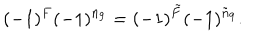
( - 1 ) ^ { F } ( - 1 ) ^ { n _ { 9 } } = ( - 1 ) ^ { \tilde { F } } ( - 1 ) ^ { \tilde { n } _ { 9 } } .